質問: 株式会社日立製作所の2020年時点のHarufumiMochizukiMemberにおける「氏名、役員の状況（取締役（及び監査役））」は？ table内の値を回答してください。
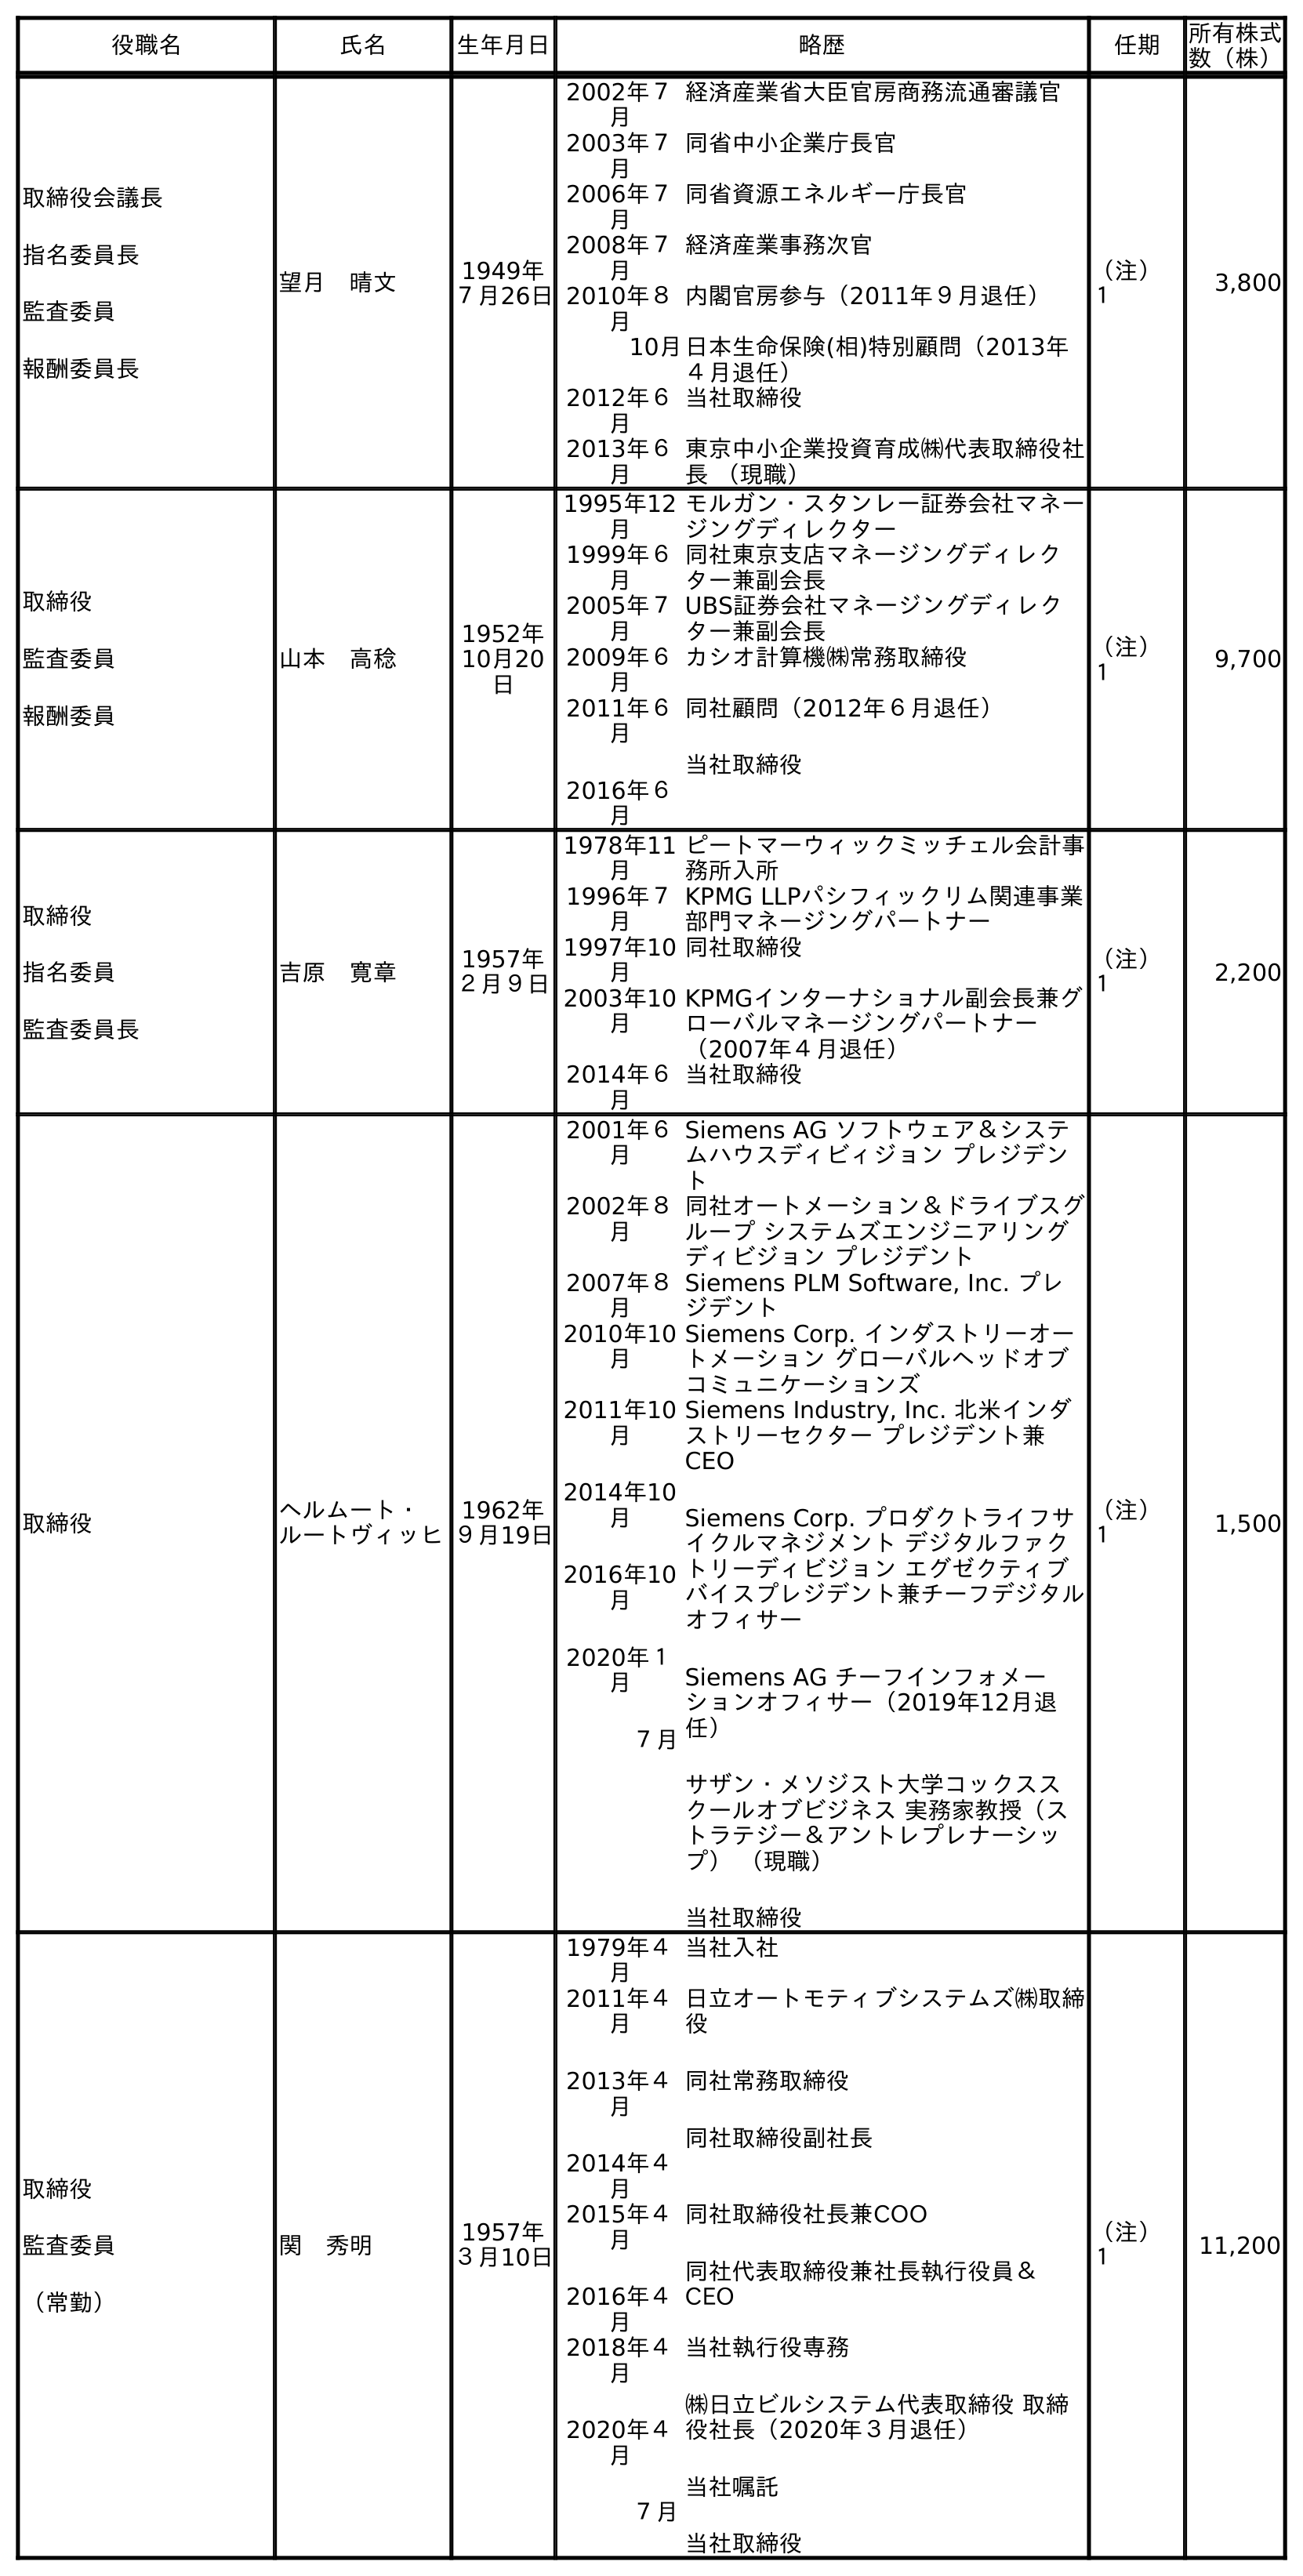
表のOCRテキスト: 役職名 氏名 生年月日 略歴 任期 所有株式 数（株） 取締役会議長 指名委員長 監査委員 報酬委員長 望月 晴文 1949年 ７月26日 2002年７ 月 経済産業省大臣官房商務流通審議官 2003年７ 月 同省中小企業庁長官 2006年７ 月 同省資源エネルギー庁長官 2008年７ 月 経済産業事務次官 2010年８ 月 内閣官房参与（2011年９月退任） 10月日本生命保険(相)特別顧問（2013年 ４月退任） 2012年６ 月 当社取締役 2013年６ 月 東京中小企業投資育成㈱代表取締役社 長 （現職） （注） １ 3,800 取締役 監査委員 報酬委員 山本 高稔 1952年 10月20 日 1995年12 月 モルガン・スタンレー証券会社マネー ジングディレクター 1999年６ 月 同社東京支店マネージングディレク ター兼副会長 2005年７ 月 UBS証券会社マネージングディレク ター兼副会長 2009年６ 月 カシオ計算機㈱常務取締役 2011年６ 月 2016年６ 月 同社顧問（2012年６月退任） 当社取締役 （注） １ 9,700 取締役 指名委員 監査委員長 吉原 寛章 1957年 ２月９日 1978年11 月 ピートマーウィックミッチェル会計事 務所入所 1996年７ 月 KPMG LLPパシフィックリム関連事業 部門マネージングパートナー 1997年10 月 同社取締役 2003年10 月 KPMGインターナショナル副会長兼グ ローバルマネージングパートナー （2007年４月退任） 2014年６ 月 当社取締役 （注） １ 2,200 取締役 ヘルムート・ ルートヴィッヒ 1962年 ９月19日 2001年６ 月 Siemens AG ソフトウェア＆システ ムハウスディビィジョン プレジデン ト 2002年８ 月 同社オートメーション＆ドライブスグ ループ システムズエンジニアリング ディビジョン プレジデント 2007年８ 月 Siemens PLM Software, Inc. プレ ジデント 2010年10 月 Siemens Corp. インダストリーオー トメーション グローバルヘッドオブ コミュニケーションズ 2011年10 月 2014年10 月 2016年10 月 2020年１ 月 ７月 Siemens Industry, Inc. 北米インダ ストリーセクター プレジデント兼 CEO Siemens Corp. プロダクトライフサ イクルマネジメント デジタルファク トリーディビジョン エグゼクティブ バイスプレジデント兼チーフデジタル オフィサー Siemens AG チーフインフォメー ションオフィサー（2019年12月退 任） サザン・メソジスト大学コックスス クールオブビジネス 実務家教授（ス トラテジー＆アントレプレナーシッ プ） （現職） 当社取締役 （注） １ 1,500 取締役 監査委員 （常勤） 関 秀明 1957年 ３月10日 1979年４ 月 当社入社 2011年４ 月 2013年４ 月 2014年４ 月 日立オートモティブシステムズ㈱取締 役 同社常務取締役 同社取締役副社長 2015年４ 月 2016年４ 月 同社取締役社長兼COO 同社代表取締役兼社長執行役員＆ CEO 2018年４ 月 2020年４ 月 ７月 当社執行役専務 ㈱日立ビルシステム代表取締役 取締 役社長（2020年３月退任） 当社嘱託 当社取締役 （注） １ 11,200
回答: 望月　晴文